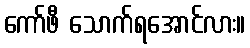
ကော်ဖီ သောက်ရအောင်လား။